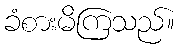
ခံစားမိကြသည်။